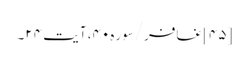
[۴۵] غافر/سوره۴۰، آیت ۲۴۔